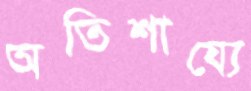
অতিশায্যে